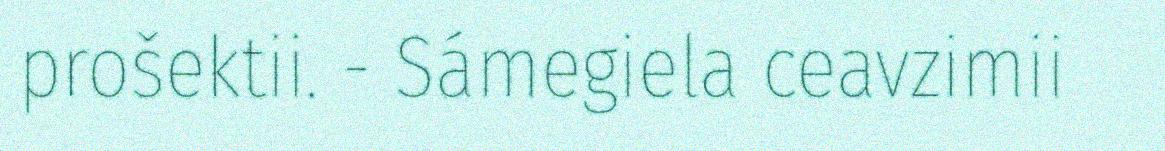
prošektii. - Sámegiela ceavzimii